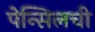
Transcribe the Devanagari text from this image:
पेन्सिलची